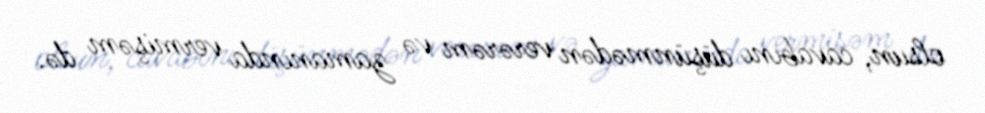
olsun, cavabını düşünmədən verərəm və zamanında vermişəm də.